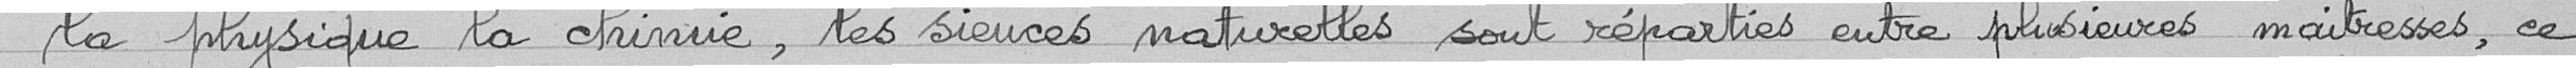
" la physique, la chimie, les sciences naturelles sont réparties entre plusieurs maitresses, ce